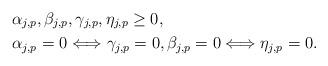
LaTeX: \begin{align*}&\alpha_{j,p},\beta_{j,p},\gamma_{j,p},\eta_{j,p}\ge 0,\\&\alpha_{j,p}=0 \Longleftrightarrow \gamma_{j,p}=0,\beta_{j,p}=0 \Longleftrightarrow \eta_{j,p}=0.\end{align*}